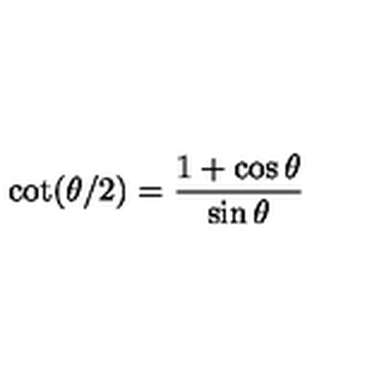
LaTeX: \cot ( \theta / 2 ) = \frac { 1 + \cos \theta } { \sin \theta }